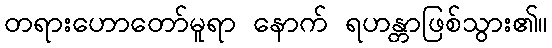
တရားဟောတော်မူရာ နောက် ရဟန္တာဖြစ်သွား၏။